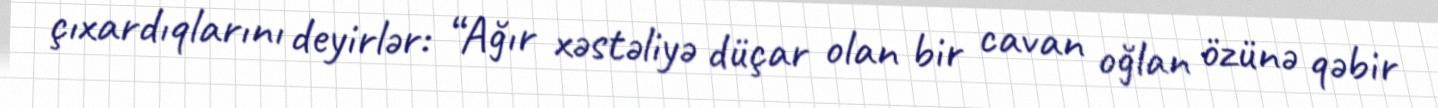
çıxardıqlarını deyirlər: “Ağır xəstəliyə düçar olan bir cavan oğlan özünə qəbir